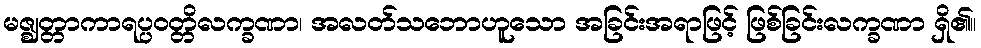
မဇ္ဈတ္တာကာရပ္ပဝတ္တိလက္ခဏာ၊ အလတ်သဘောဟူသော အခြင်းအရာဖြင့် ဖြစ်ခြင်းလက္ခဏာ ရှိ၏။